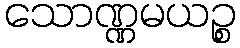
သောဏ္ဏမယဉ္စ